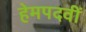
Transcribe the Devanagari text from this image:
हेमपदवीं